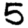
Digit: 5